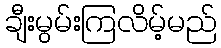
ချီးမွမ်းကြလိမ့်မည်